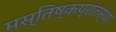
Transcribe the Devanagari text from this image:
मस्तिष्कप्रांतस्था